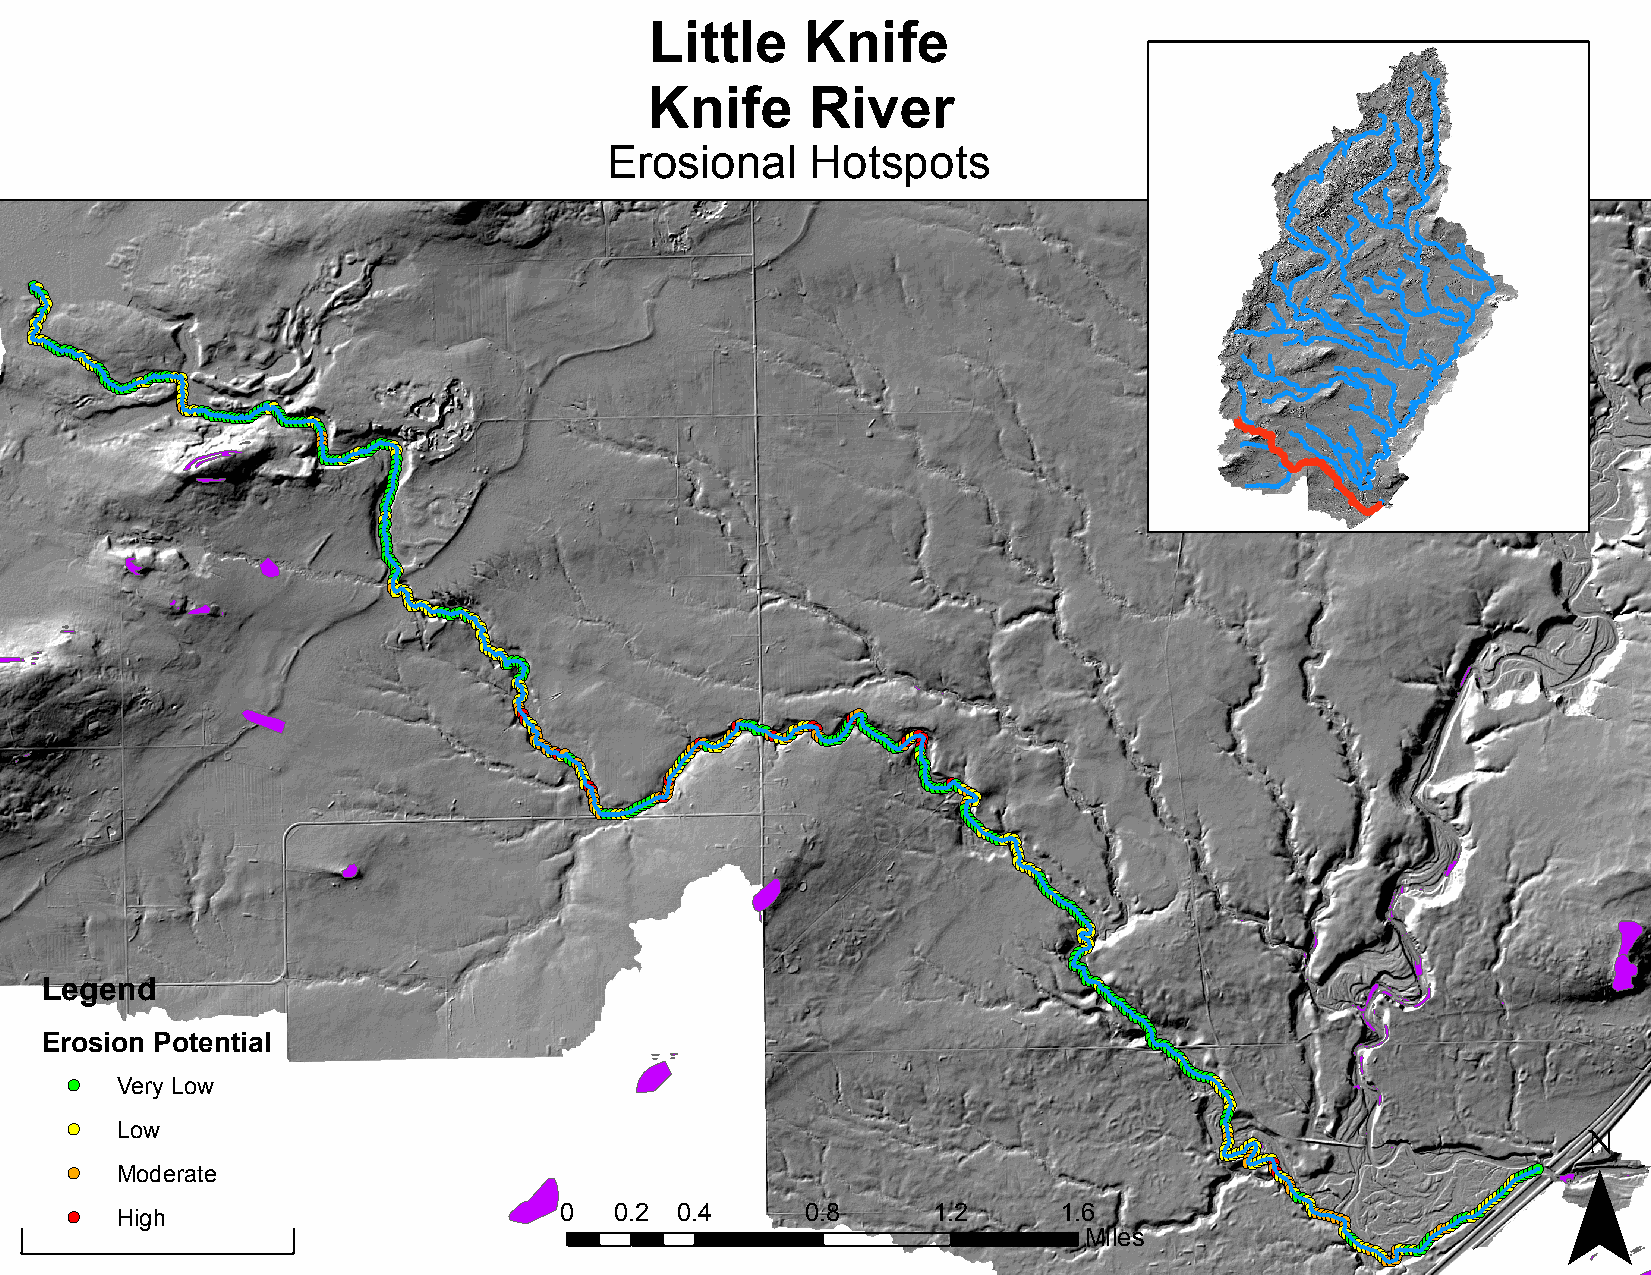
Little    Knife
 Knife      River
 Erosional     Hotspots
 !(!(!( !(!(
 !(!(!(
 !(!(!(
 !(
 !(!(!(!(
 !( !(!(
 L
 E!(!(!(!(!(
 re!(!(
 !(
 !(
 !(
 !(!( o!(!(
 g
 !(!( s!(!(!(!(!(
 e!( i!(!( o!(
 V
 L
 M
 Hn!(!(!(
 n
 o!(
 e
 i!(
 od
 g!(!(
 wr
 !( d!(
 y
 hP!(!( e!( !( Lo!(!( !(!( !(
 !(
 r!(!(
 !(!(!(
 o
 a!( t!(!(
 w
 te!(!( e!(!( n!( !(!(!( t!(!(!( i!(!( a!(!(!(!(!( l!(!( !(!(!(!(!(!(!(!(!(!(!(!(!(!(!(!(!(!(!(!(!(!(!(!(!(!(!(!(!(!(!(
 !(
 !(!(!(
 !(!(!(
 !(
 !(!(!(!(!(!(!(!(
 !(!(!( !(!( !(!(!(
 !(!(!(
 !(
 !(!(!( !(!(!(!(
 !(
 !(!(!(!(!(!(!(!(!(!(!(!(!(!(!(!(!(!(!(!(!(!(!(
 !(!(
 !(!(!(!(!(!(!(!(!(!(!(!(!(
 !( !(!( !(!(!(
 !(!(
 !( !(!(
 !(!(!(!(
 !(!(!(!( !(!(!( !(!(!(!(!(!(!(!(!(
 0!(!(!(!(
 !(!(!(!(!(!(!(!(!(!(!(!(!(!(!(
 0!(!(!( .!(!( 2!(!(!(
 !(!(!(!(!(!(!(!(!(!(!(!(
 0!(!(!(!( .!(!( 4!(!(!( !(!(!(!(!(!(!(!(!(!(!(!(!(!(!(!(!(!(!(!(!(!(!( 0!(!(!(!(!( .!( 8!(!(!(!( !(!(!(!(!(!(!(!(!(!(!(!(!(!(!(!(!(!(!(!(!(!( !(!(!(!( !(!(
 !(!(!(
 !(!(!(!( 1!(!(!(!( .!(!( 2!( !(!(!(!( !( !(!(!( !( !(!(
 !(!(!(!(!(!(!(!(!(!(!(!(
 !(!(
 !(!(!(!(!(!(!(!(!(!(!(!(!(!(
 1!( !(!(
 !(!(
 !(!(
 !(
 .!( !( !(!(
 !(
 !(!( !(!( !( !(!(
 !(
 6!(!(!(
 M!(!(!(!(!(!(
 i!(!( l!(
 e
 !(!(!(!(
 s!(!(!(!(!(!(!(!(!(!(!(!(!(!(!(!(!(!(!(!(!(!(!(!(!(!(
 !(!(!(!(
 !(
 !(!( !(
 !(!(
 !(!( !( !(!(
 !(!(!(!( !(!( !(!(!( !(!(!(
 !(!(!(!(!(!(!(!(!(!(!(!(!(!(!(!(!(!(!(!(!(!(!(!(!(
 !(!(!(
 !(!(!(!(!(!(!(!(!(!(!(!(!(!(!(!(!(!(!(!(!(!(!(!(!(!(!(!(!(!(!(!(!(!(!(!(!(!(!(!(!(!(!(!(!(!(!(!(!(!(!(
 ¯